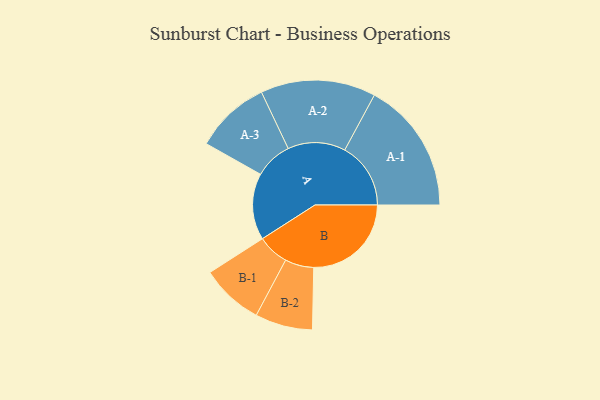
{"axis": {"x": "Segment", "y": "Value"}, "legend": ["", "A", "B"], "data": [{"x": "A", "y": 284, "type": ""}, {"x": "B", "y": 417, "type": ""}, {"x": "A-1", "y": 282, "type": "A"}, {"x": "A-2", "y": 246, "type": "A"}, {"x": "A-3", "y": 161, "type": "A"}, {"x": "B-1", "y": 134, "type": "B"}, {"x": "B-2", "y": 123, "type": "B"}]}